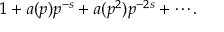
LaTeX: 1 + a ( p ) p ^ { - s } + a ( p ^ { 2 } ) p ^ { - 2 s } + \cdots .